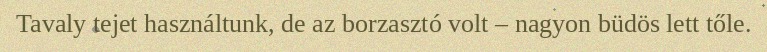
Tavaly tejet használtunk, de az borzasztó volt – nagyon büdös lett tőle.